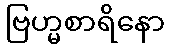
ဗြဟ္မစာရိနော